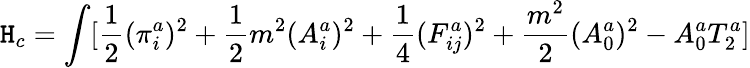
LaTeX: \mathtt{H}_{c}=\int[\frac{{1}}{{2}}(\pi_{i}^{a})^{2}+\frac{{1}}{{2}}m^{2}(A_{i}^{a})^{2}+\frac{{1}}{{4}}(F_{ij}^{a})^{2}+\frac{{m^{2}}}{{2}}(A_{0}^{a})^{2}-A_{0}^{a}T_{2}^{a}]